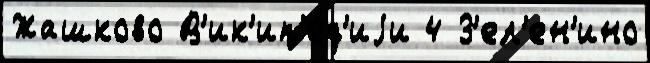
Жашково В'ик'ип'е́д'иjи 4 З'ел'ен'ино